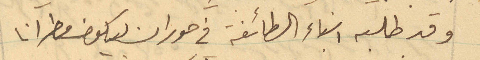
وقد طلبه ابناء الطائفة في حوران ليكون مطرانا